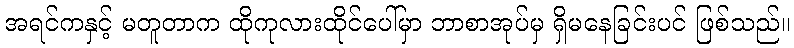
အရင်ကနှင့် မတူတာက ထိုကုလားထိုင်ပေါ်မှာ ဘာစာအုပ်မှ ရှိမနေခြင်းပင် ဖြစ်သည်။